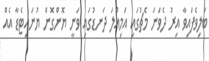
ބަލިވެފައިވާ އިރު ދެވަނަ މެޗުގައި އަމިއްލަ ދަނޑުގައި ވަނީ ޔޮންގޮން ޔުނައިޓެޑާ އެއް